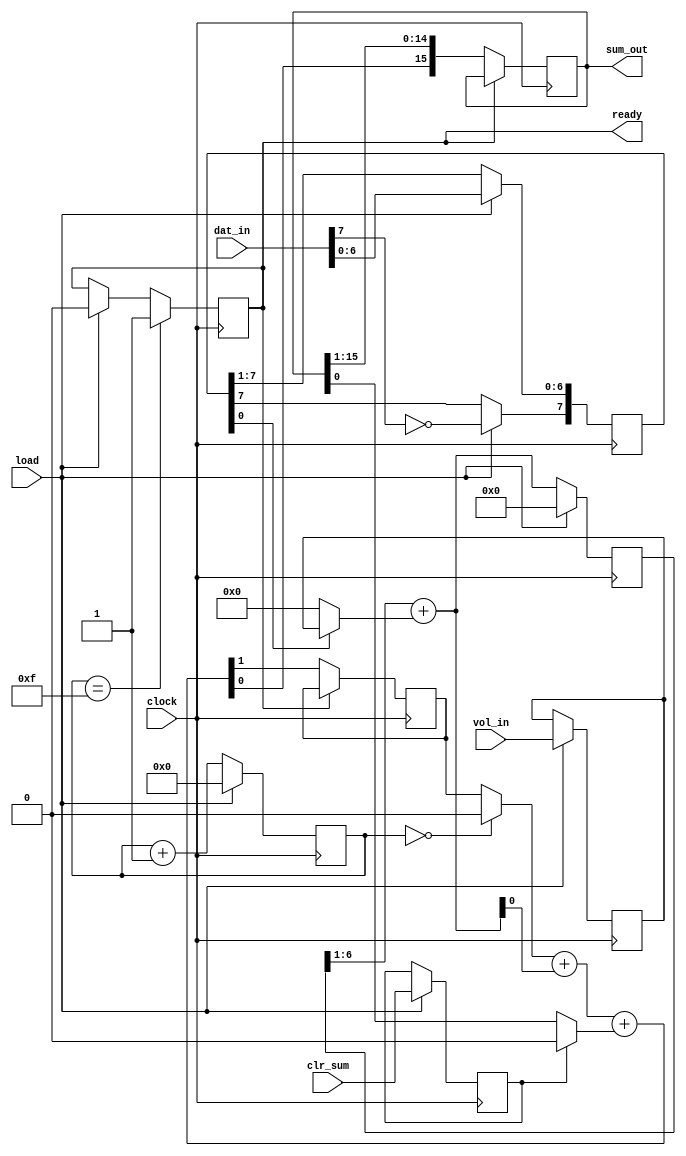
module sound_mulacc(

	clock,   // input clock (24 MHz)

	vol_in,  // input volume (6 bit unsigned)
	dat_in,  // input sound data (8 bit signed with sign bit inverted)

	load,    // load pulse input
	clr_sum, // clear sum input

	ready,   // ready output
	sum_out  // 16-bit sum output
);

	input clock;

	input [5:0] vol_in;
	input [7:0] dat_in;

	input load;
	input clr_sum;

	output reg ready;

	output reg [15:0] sum_out;



	wire [5:0] add_data;
	wire [6:0] sum_unreg;
	reg [6:0] sum_reg;
	reg [7:0] shifter;
	reg [5:0] adder;
	wire   mul_out;



	reg [3:0] counter;


	reg clr_sum_reg;
	wire [1:0] temp_sum;
	wire carry_in;
	wire old_data_in;
	reg old_carry;




	// control section
	//
	always @(posedge clock)
	begin

		if( load )
			ready <= 1'b0;

		if( counter[3:0] == 4'd15 )
			ready <= 1'b1;

		if( load )
			counter <= 4'd0;
		else
			counter <= counter + 4'd1;

	end



	// serial multiplier section
	//
	assign add_data = ( shifter[0] ) ? adder : 6'd0; // data to be added controlled by LSB of shifter

	assign sum_unreg[6:0] = sum_reg[6:1] + add_data[5:0]; // sum of two values

	assign mul_out = sum_unreg[0];

	always @(posedge clock)
	begin

		if( !load ) // normal addition
		begin
			sum_reg[6:0] <= sum_unreg[6:0];
			shifter[6:0] <= shifter[7:1];
		end

		else // load==1

		begin
			sum_reg[6:0] <= 7'd0;

			shifter[7]   <= ~dat_in[7];   // convert to signed data (we need signed result)
			shifter[6:0] <=  dat_in[6:0];

			adder <= vol_in;

		end
	end




	// serial adder section
	//
	always @(posedge clock)
	begin
		if( load )
			clr_sum_reg <= clr_sum;
	end

	assign carry_in = (counter==4'd0) ? 1'b0 : old_carry;

	assign old_data_in = (clr_sum_reg) ? 1'b0 : sum_out[0];

	assign temp_sum[1:0] = carry_in + mul_out + old_data_in;

	always @(posedge clock)
	begin
		if( !ready )
		begin
			sum_out[15:0] <= { temp_sum[0], sum_out[15:1] };
			old_carry <= temp_sum[1];
		end
	end



endmodule